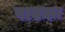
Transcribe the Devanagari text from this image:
पावकः